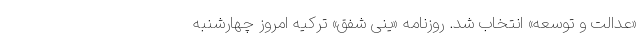
«عدالت و توسعه» انتخاب شد. روزنامه «ینی شفق» ترکیه امروز چهارشنبه